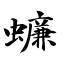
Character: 蠊